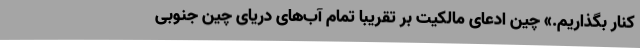
کنار بگذاریم.» چین ادعای مالکیت بر تقریبا تمام آب‌های دریای چین جنوبی